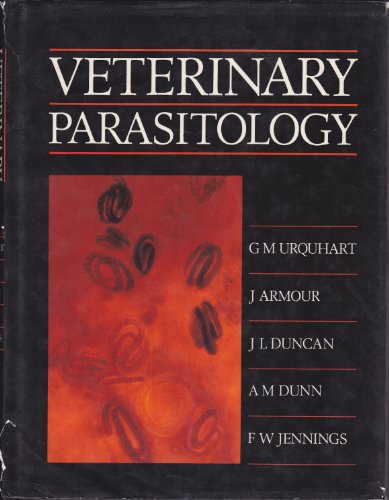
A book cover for Veterinary Parasitology (Veterinary series); G. M. Urquhart; Medical Books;